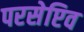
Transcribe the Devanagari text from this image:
परसेप्टिव